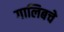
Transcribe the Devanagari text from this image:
गालिबचे